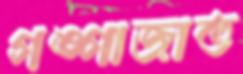
গঙ্গাজাত